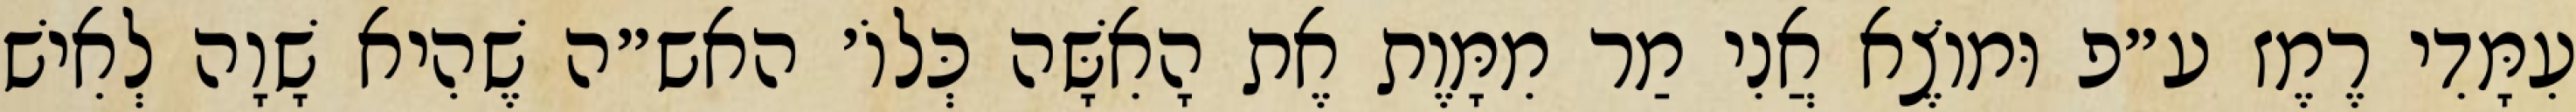
עִמָּדִי רֶמֶז ע״פ וּמוֹצֶא אֲנִי מַר מִמָּוֶת אֶת הָאִשָּׁה כְּלוֹ׳ האש״ה שֶׁהִיא שָׁוָה לְאִישׁ